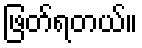
ဖြတ်ရတယ်။